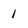
Character: 1